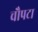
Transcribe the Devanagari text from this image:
चौपटा